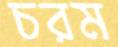
চরম